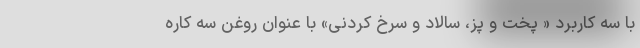
با سه کاربرد « پخت و پز، سالاد و سرخ کردنی» با عنوان روغن سه کاره